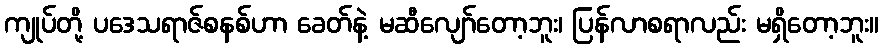
ကျုပ်တို့ ပဒေသရာဇ်စနစ်ဟာ ခေတ်နဲ့ မဆီလျော်တော့ဘူး၊ ပြန်လာစရာလည်း မရှိတော့ဘူး။